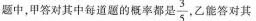
题中，甲答对其中每道题的概率都是 \frac{3}{5} ，乙能答对其中